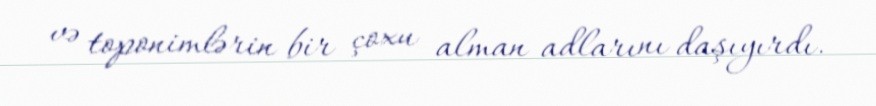
və toponimlərin bir çoxu alman adlarını daşıyırdı.